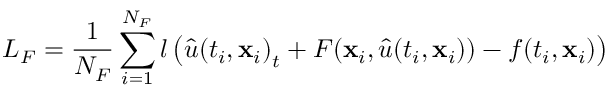
{ L _ { \cal F } } = \frac { 1 } { { { N _ { \cal F } } } } \sum _ { i = 1 } ^ { { N _ { \cal F } } } { l \left( { \hat { u } { { ( { t _ { i } } , { { \bf { x } } _ { i } } ) } _ { t } } + { \cal F } ( { { \bf { x } } _ { i } } , \hat { u } ( { t _ { i } } , { { \bf { x } } _ { i } } ) ) - f ( { t _ { i } } , { { \bf { x } } _ { i } } ) } \right) }